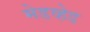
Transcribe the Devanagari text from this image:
मेडव्हेड